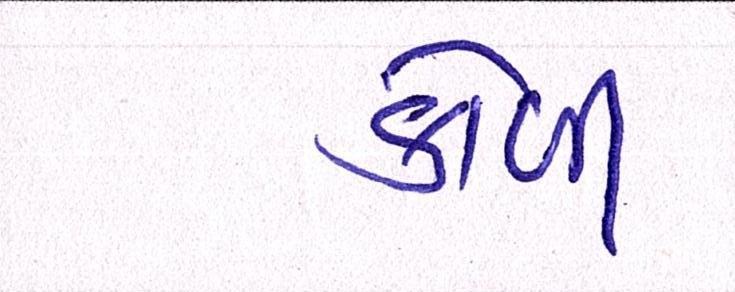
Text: કોળી